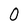
Character: O